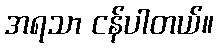
အရသာ ငန်ပါတယ်။